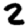
Digit: 2